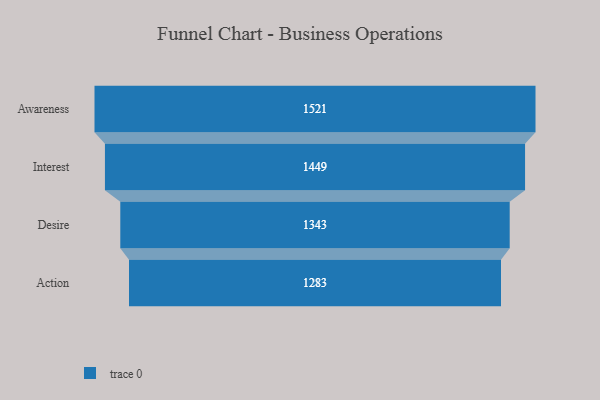
{"axis": {"x": "Stage", "y": "Value"}, "legend": [""], "data": [{"x": "Awareness", "y": 1521.0, "type": ""}, {"x": "Interest", "y": 1449.0, "type": ""}, {"x": "Desire", "y": 1343.0, "type": ""}, {"x": "Action", "y": 1283.0, "type": ""}]}